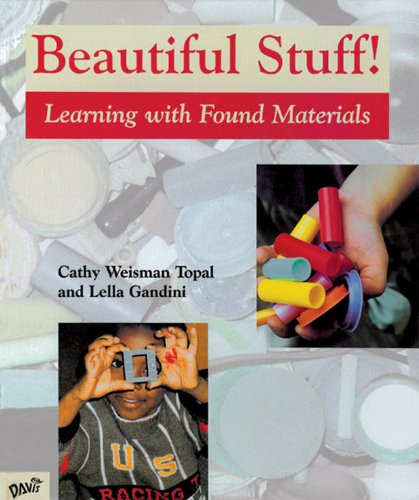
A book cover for Beautiful Stuff!: Learning with Found Materials; Cathy Weisman Topal; Crafts, Hobbies & Home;